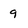
Character: 9